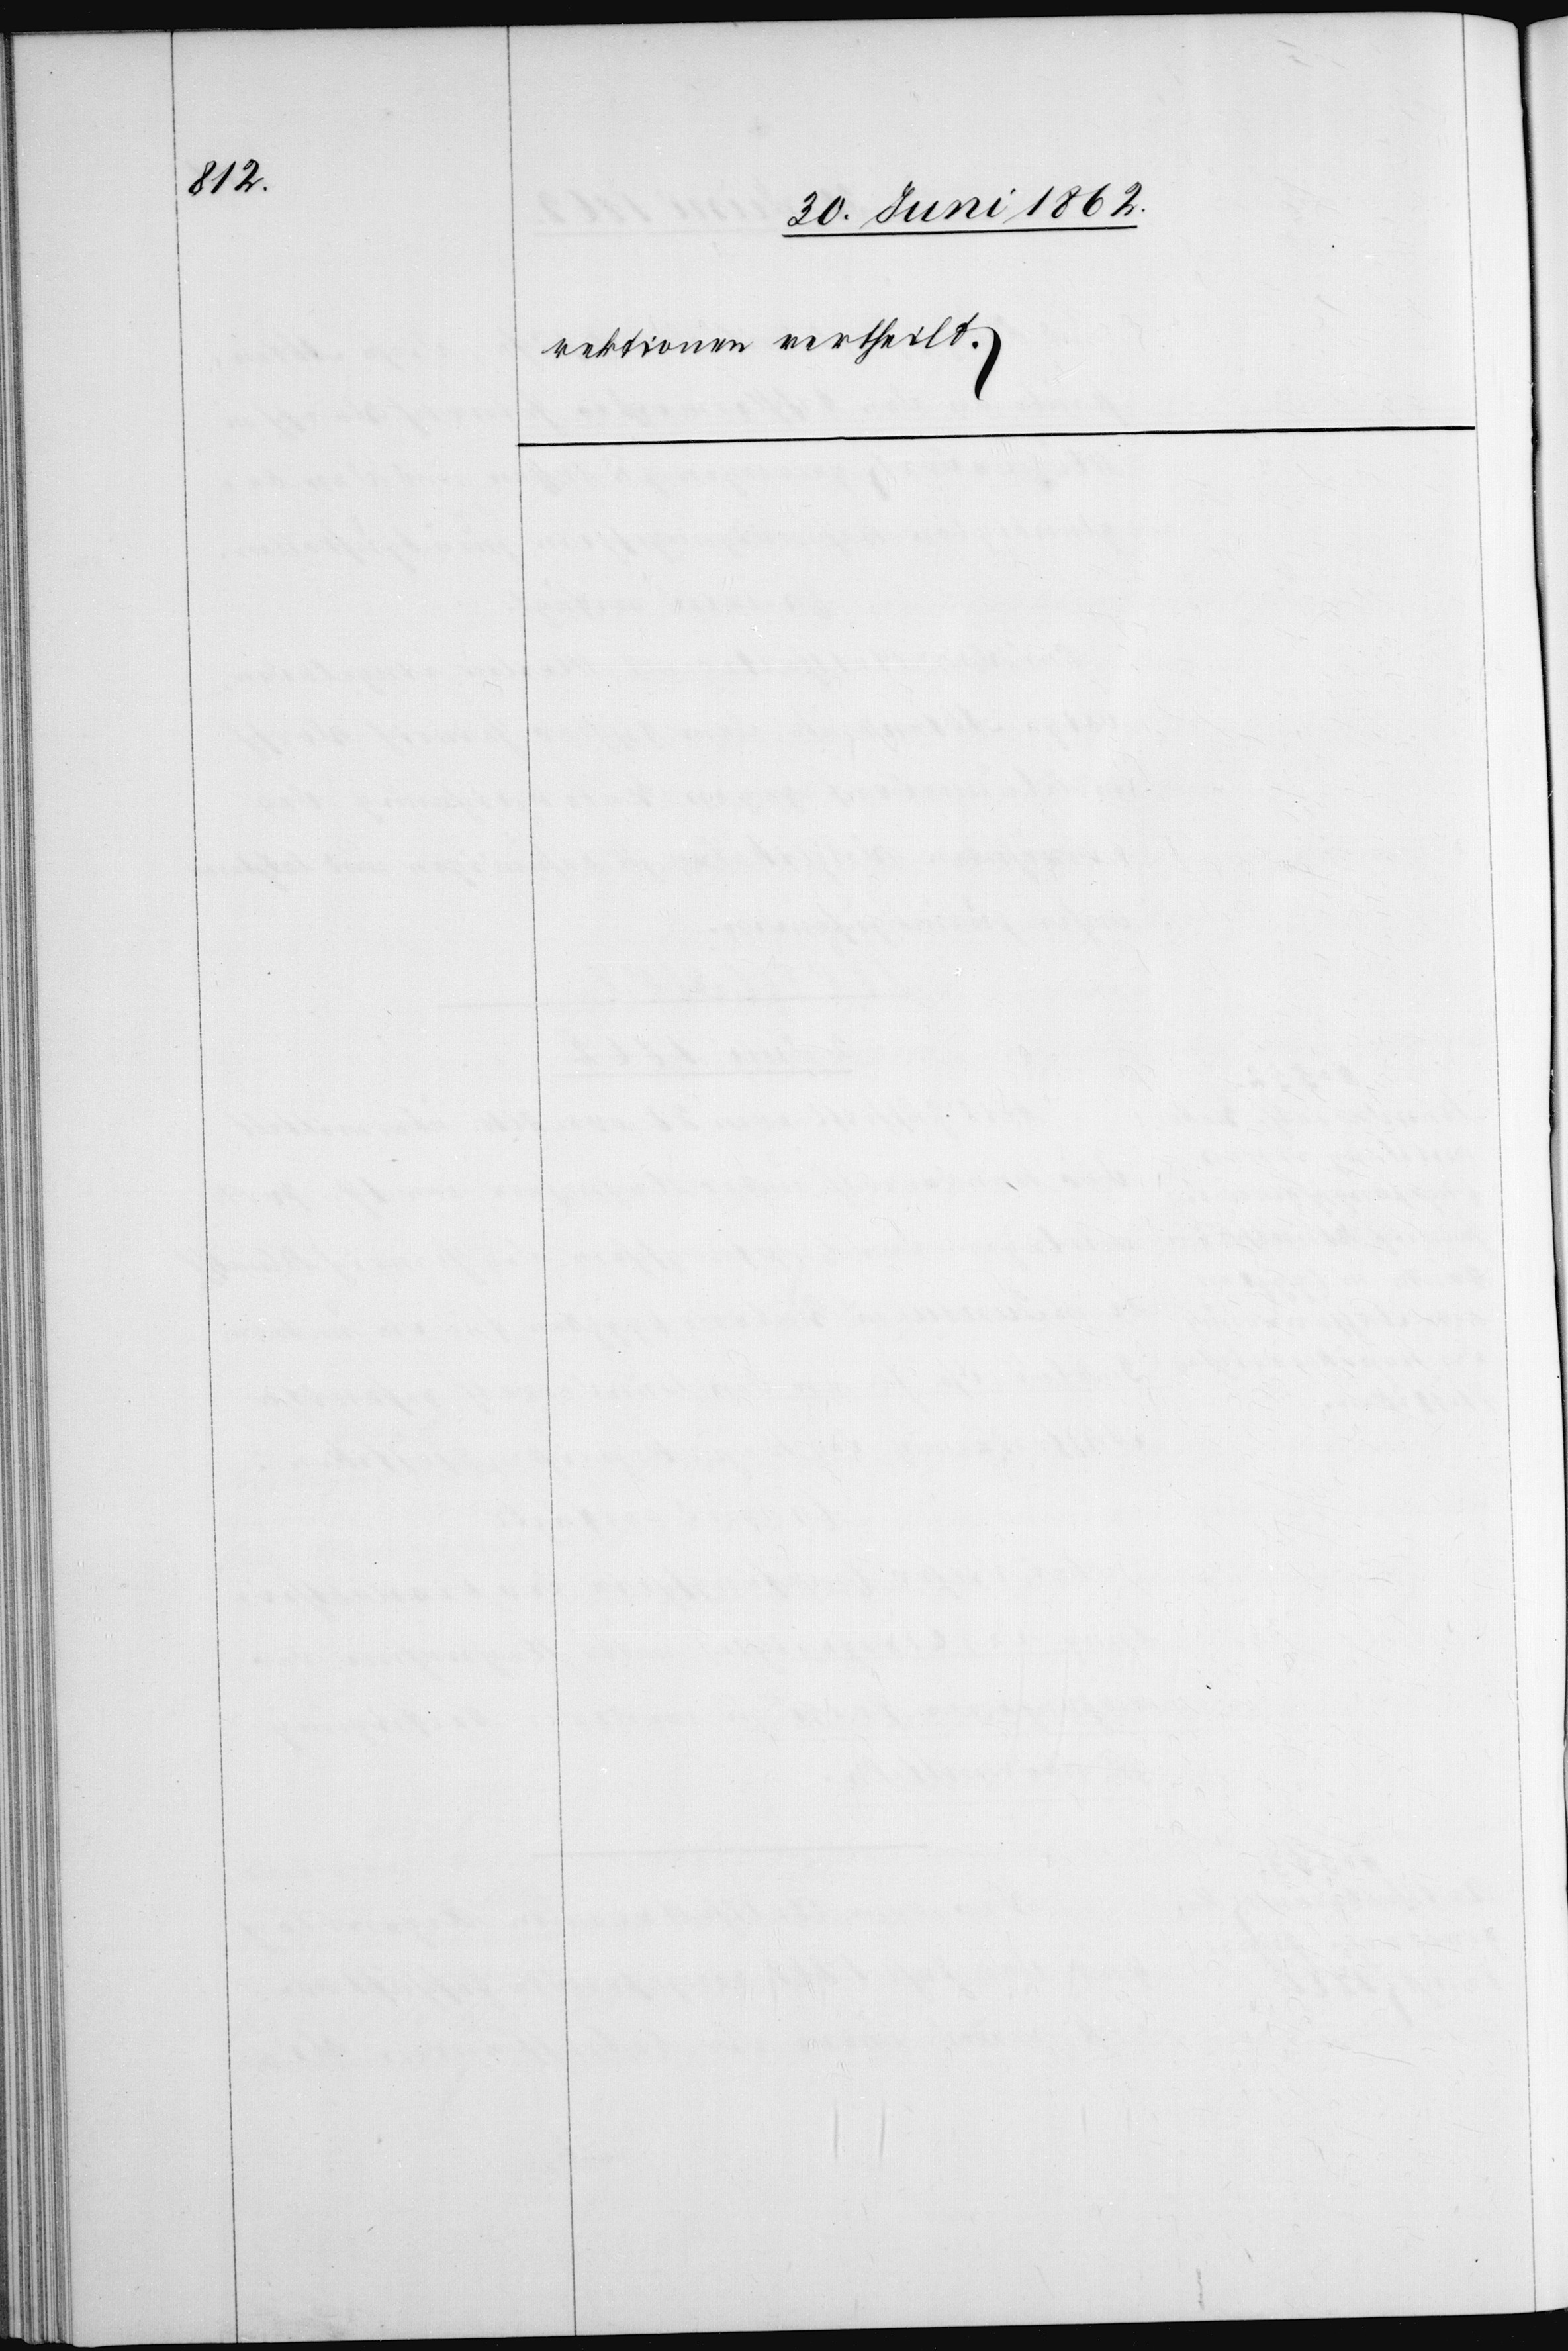
rektionen vertheilt.